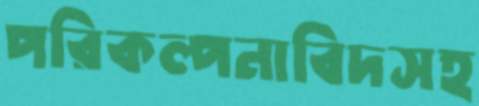
পরিকল্পনাবিদসহ